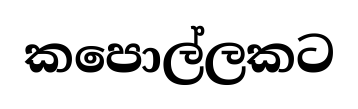
කපොල්ලකට